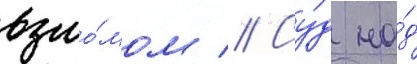
взло́мом // Су́д на́д